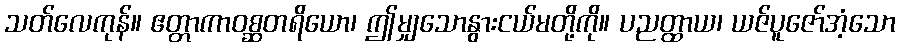
သတ်လေကုန်။ ဧတ္တာကာဝစ္ဆတရိယော၊ ဤမျှသောနွားငယ်မတို့ကို။ ပညတ္ထာယ၊ ယဇ်ပူဇော်အံ့သော